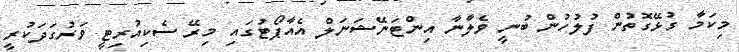
މިކަމާ ގުޅޭގޮތުން ފުލުހުން ބުނީ ވެލާނާ އިންޓަނޭޝަނަލް އެއާޕޯޓުގައި މިރޭ ސެކިއުރިޓީ ވަރުގަދަކުރީ